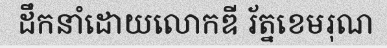
ដឹកនាំដោយលោកឌី រ័ត្នខេមរុណ